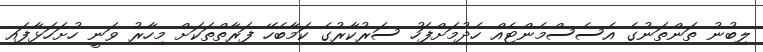
ލިބުނު ތަންތަނުގެ އެސެސްމެންޓެއް ހެދުމަށްފަހު ސަރުކާރުގެ ކަމާބެހޭ ފަރާތްތަކަށް މިހާރު ވަނީ ހުށަހަޅާފައި